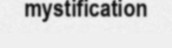
mystification